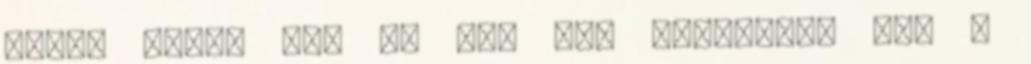
újból erőre kap és bár már vérhólyag van a